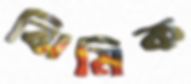
ঝিমিক